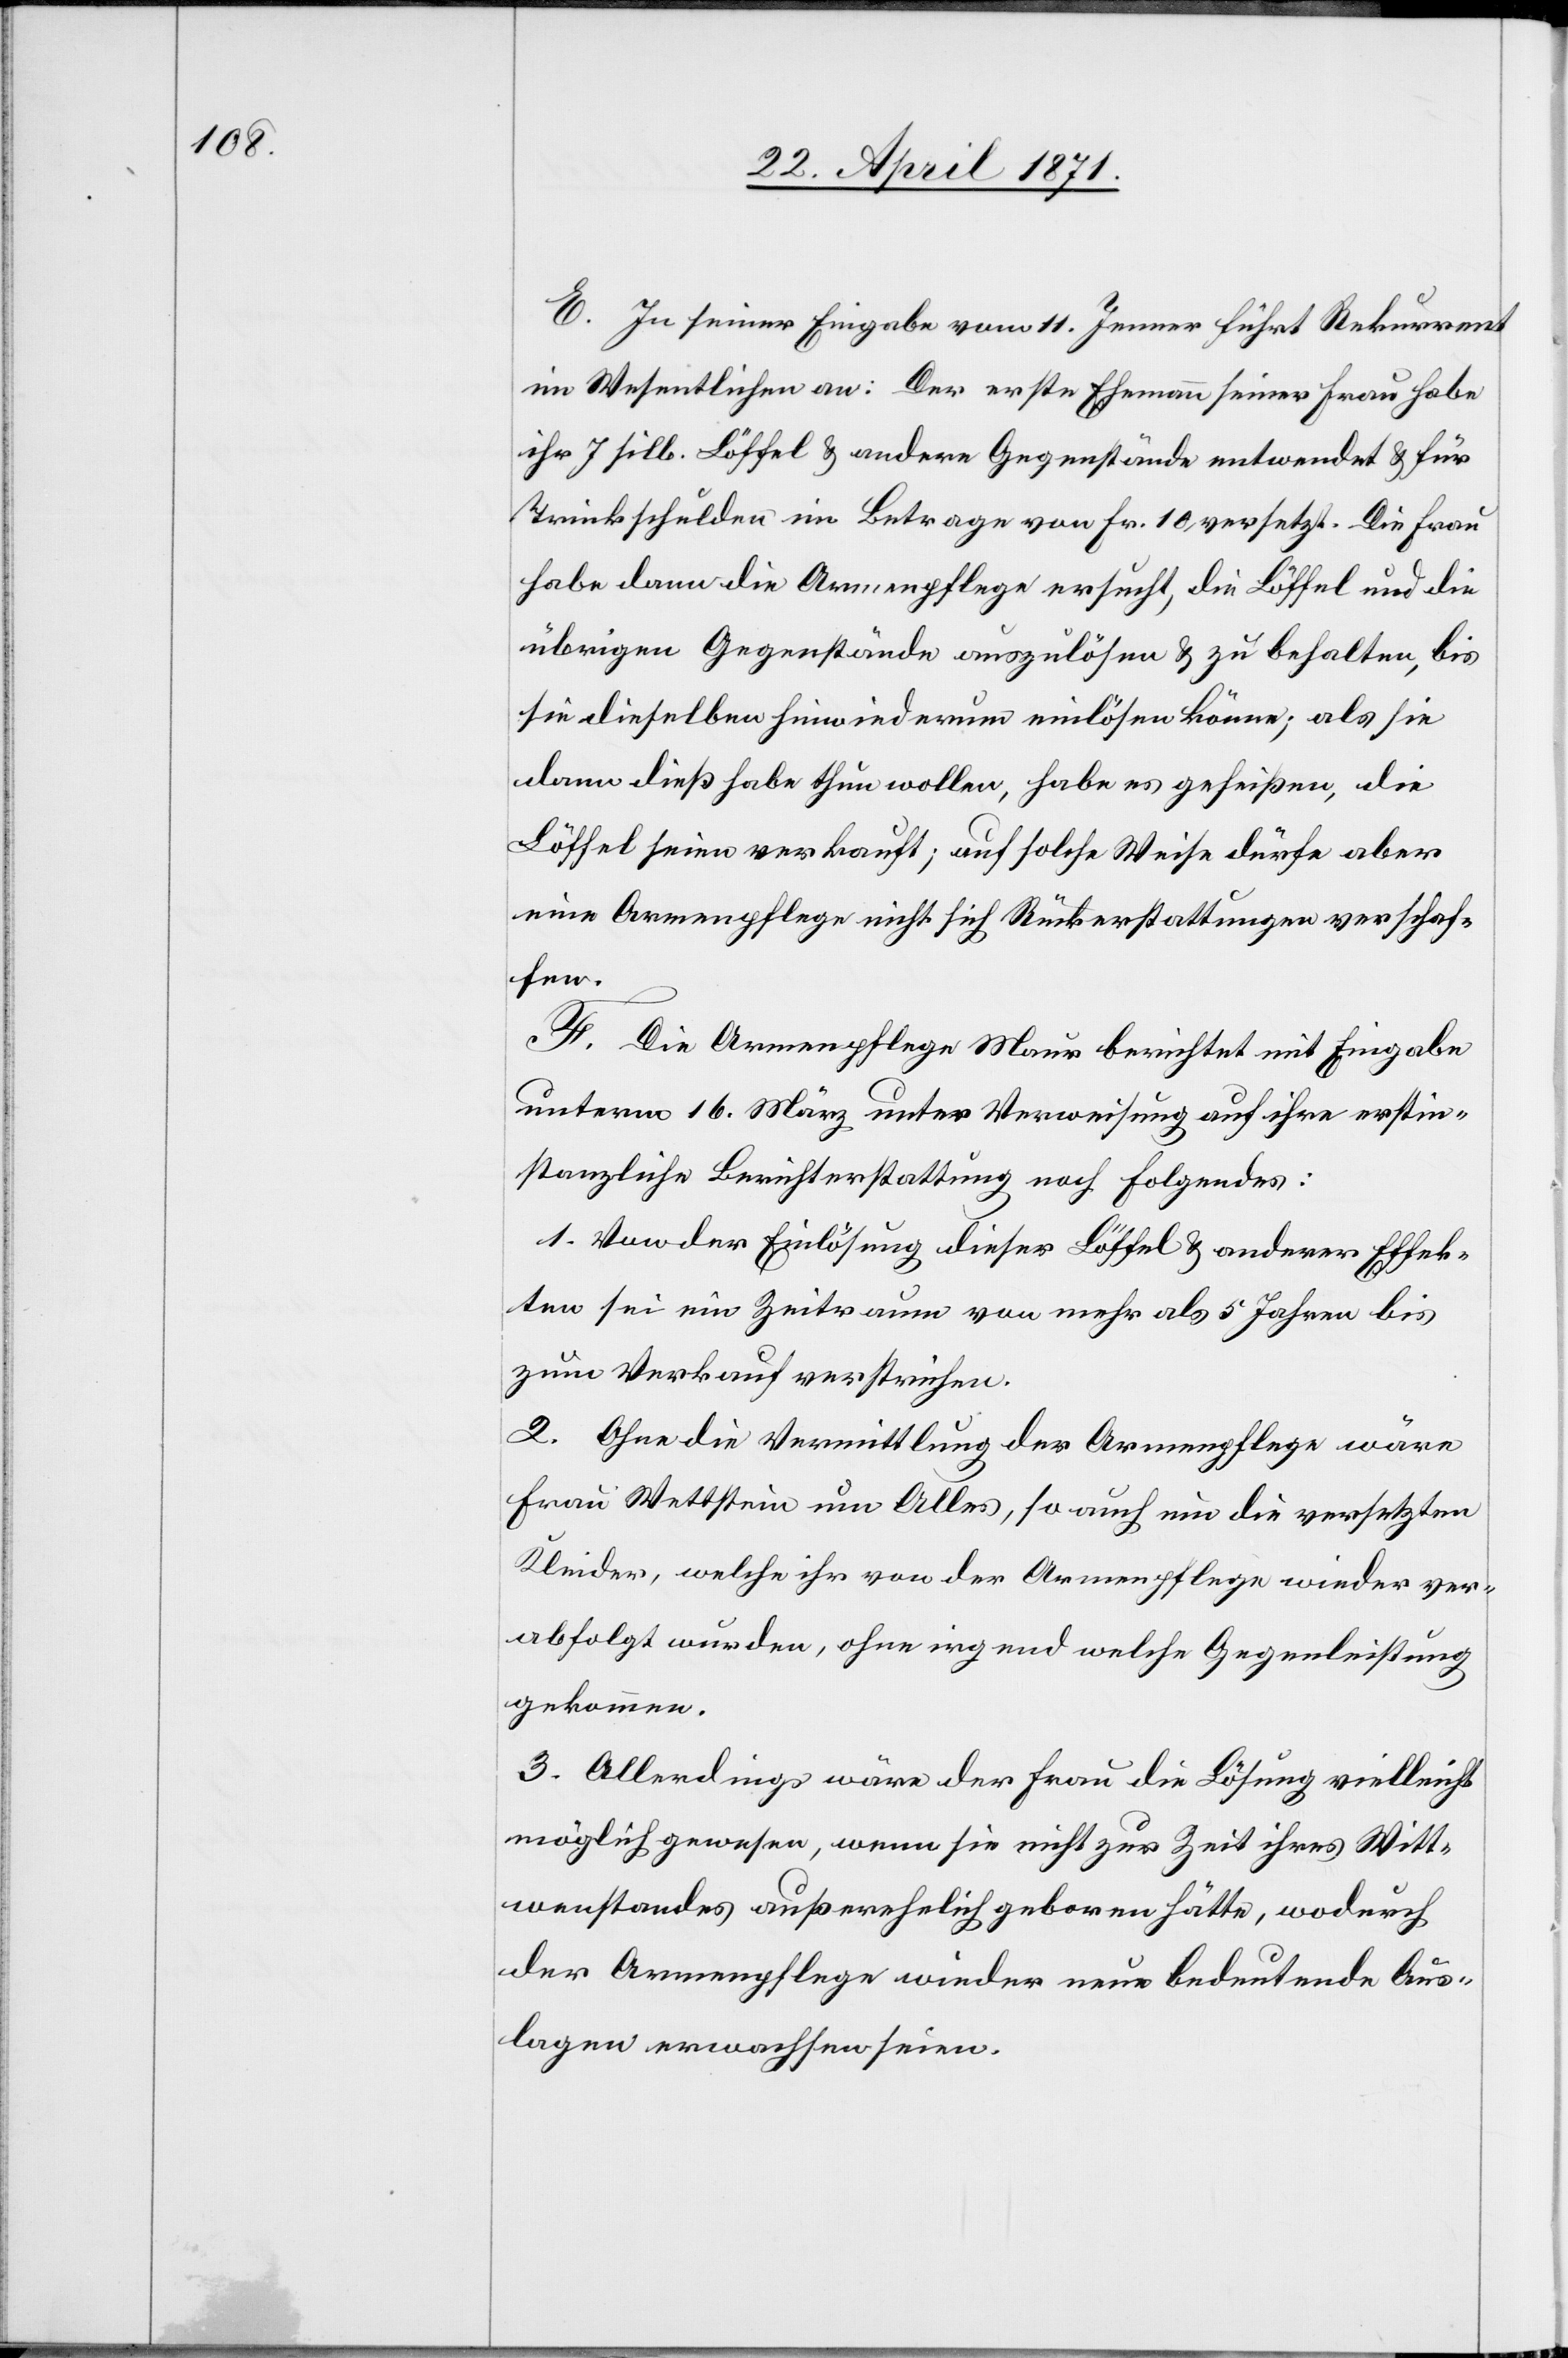
E. In seiner Eingabe vom 11. Jenner führt Rekurrent
im Wesentlichen an: Der erste Ehemann seiner Frau habe
ihr 7 silb. Löffel u. andere Gegenstände entwendet u. für
Trinkschulden im Betrage von Fr. 10, versetzt. Die Frau
habe dann die Armenpflege ersucht, die Löffel und die
übrigen Gegenstände auszulösen u. zu behalten, bis
sie dieselben hinwiederum einlösen könne; als sie
dann dieß habe thun wollen, habe es geheißen, die
Löffel seien verkauft; auf solche Weise dürfe aber
eine Armenpflege nicht sich Rückerstattungen verschaf¬
fen.
F.
Die Armenpflege Maur berichtet mit Eingabe
unterm 16. März unter Verweisung auf ihre erstin¬
stanzliche Berichterstattung noch Folgendes:
1. Von der Einlösung dieser Löffel u. anderer Effek¬
ten sei ein Zeitraum von mehr als 5 Jahren bis
zum Verkauf verstrichen.
2. Ohne die Vermittlung der Armenpflege wäre
Frau Wettstein um Alles, so auch um die versetzten
Kleider, welche ihr von der Armenpflege wieder ver¬
abfolgt wurden, ohne irgend welche Gegenleistung
gekommen.
3. Allerdings wäre der Frau die Lösung vielleicht
möglich gewesen, wenn sie nicht zur Zeit ihres Witt¬
wenstandes außerehelich geboren hätte, wodurch
der Armenpflege wieder neue bedeutende Aus¬
lagen erwachsen seien.